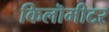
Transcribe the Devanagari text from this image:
किलॊमीटर